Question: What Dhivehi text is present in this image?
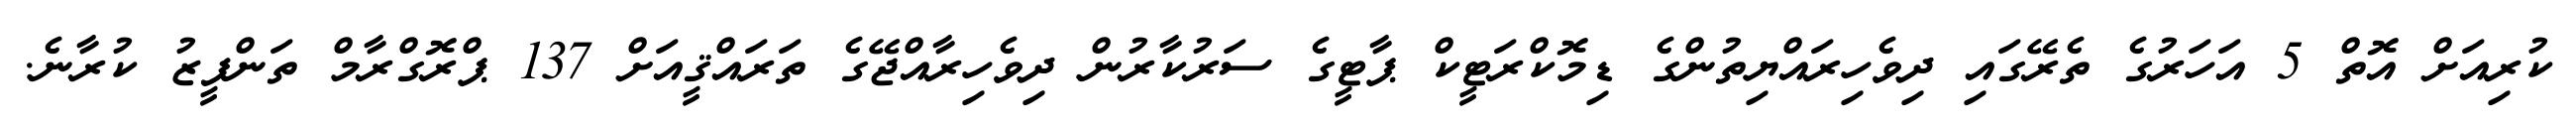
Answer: ކުރިއަށް އޮތް 5 އަހަރުގެ ތެރޭގައި ދިވެހިރައްޔިތުންގެ ޑިމޮކްރަޓީކް ޕާޓީގެ ސަރުކާރުން ދިވެހިރާއްޖޭގެ ތަރައްޤީއަށް 137 ޕްރޮގްރާމް ތަންފީޒު ކުރާނެ.